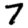
Digit: 7